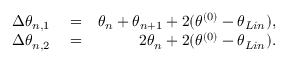
\begin{array} { r l r } { \Delta { { \theta } _ { n , 1 } } } & { { } = } & { { { \theta } _ { n } } + { { \theta } _ { n + 1 } } + 2 ( \theta ^ { ( 0 ) } - \theta _ { L i n } ) , } \\ { \Delta { { \theta } _ { n , 2 } } } & { { } = } & { 2 { { \theta } _ { n } } + 2 ( \theta ^ { ( 0 ) } - \theta _ { L i n } ) . } \end{array}